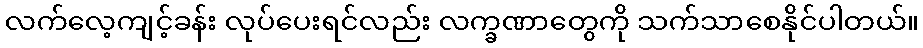
လက်လေ့ကျင့်ခန်း လုပ်ပေးရင်လည်း လက္ခဏာတွေကို သက်သာစေနိုင်ပါတယ်။